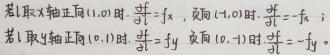
若 $l$ 取 $x$ 轴正向 $(1,0)$ 时, $\frac{\partial f}{\partial l}=f_x$, 反向 $(-1,0)$ 时, $\frac{\partial f}{\partial l}=-f_x$；
若 $l$ 取 $y$ 轴正向 $(0,1)$ 时, $\frac{\partial f}{\partial l}=f_y$, 反向 $(0,-1)$ 时, $\frac{\partial f}{\partial l}=-f_y$.